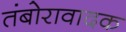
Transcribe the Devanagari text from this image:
तंबोरावादक